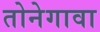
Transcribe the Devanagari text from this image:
तोनेगावा